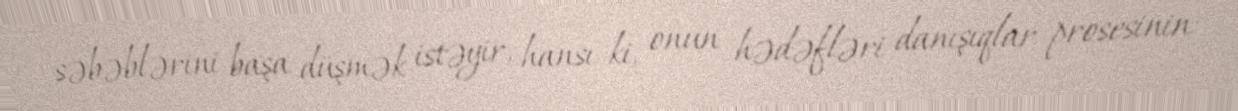
səbəblərini başa düşmək istəyir, hansı ki, onun hədəfləri danışıqlar prosesinin